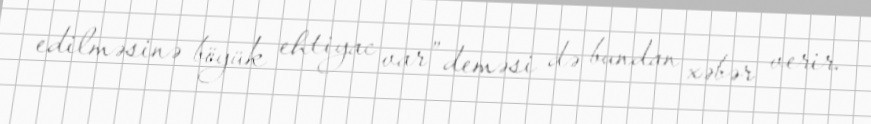
edilməsinə böyük ehtiyac var” deməsi də bundan xəbər verir.